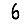
Digit: 6